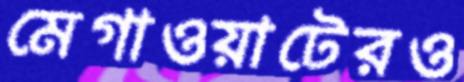
মেগাওয়াটেরও